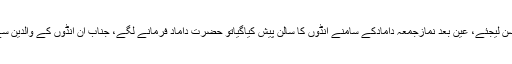
تہذیب لکھنو کا واقعہ سن لیجئے، عین بعد نمازجمعہ دامادکے سامنے انڈوں کا سالن پیش کیاگیاتو حضرت داماد فرمانے لگے، جناب ان انڈوں کے والدین سے ملنے کا اشتیاق تھا؟